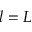
l = L